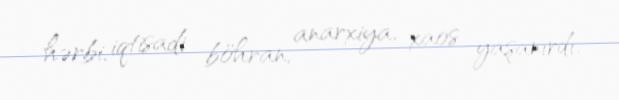
hərbi, iqtisadi böhran, anarxiya, xaos yaşanırdı.